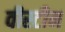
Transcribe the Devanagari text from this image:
वीस्टीन